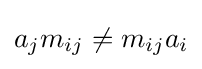
a_{j}m_{ij}\neq m_{ij}a_{i}